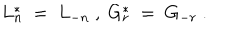
L _ { n } ^ { * } \ = \ L _ { - n } \ , \ G _ { r } ^ { * } \ = \ G _ { - r } \ .